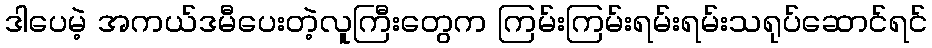
ဒါပေမဲ့ အကယ်ဒမီပေးတဲ့လူကြီးတွေက ကြမ်းကြမ်းရမ်းရမ်းသရုပ်ဆောင်ရင်